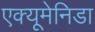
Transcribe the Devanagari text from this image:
एक्यूमेनिडा